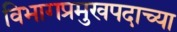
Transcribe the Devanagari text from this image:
विभागप्रमुखपदाच्या